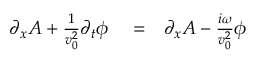
\begin{array} { r l r } { \partial _ { x } A + \frac { 1 } { v _ { 0 } ^ { 2 } } \partial _ { t } \phi } & { { } = } & { \partial _ { x } A - \frac { i \omega } { v _ { 0 } ^ { 2 } } \phi } \end{array}